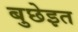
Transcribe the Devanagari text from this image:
बुछेइत